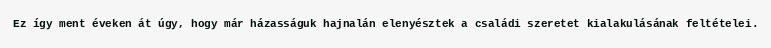
Ez így ment éveken át úgy, hogy már házasságuk hajnalán elenyésztek a családi szeretet kialakulásának feltételei.